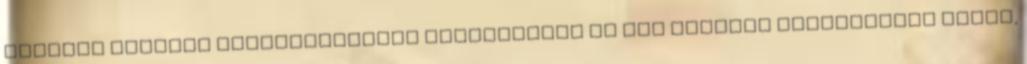
kismama egyféle tejserkentővel próbálkozik és nem terheli szervezetét azzal,